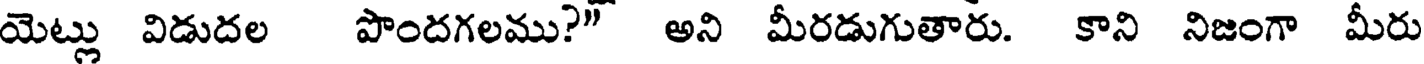
యెట్లు విడుదల పొందగలము?" అని మీరడుగుతారు. కాని నిజంగా మీరు